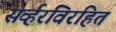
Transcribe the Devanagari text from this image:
सर्व्हरविरहित